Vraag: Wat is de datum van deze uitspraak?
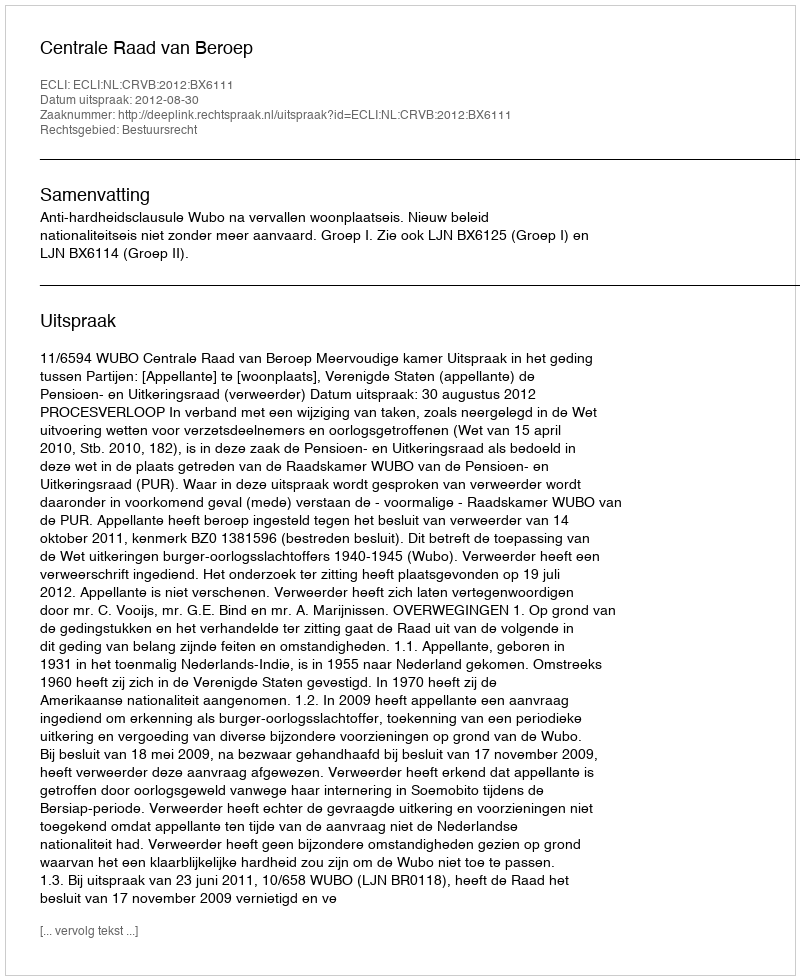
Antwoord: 2012-08-30